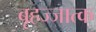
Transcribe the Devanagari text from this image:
बृहज्जात्क